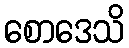
စောဒေသိ